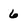
Character: 6